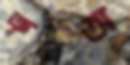
ক্রূরতা